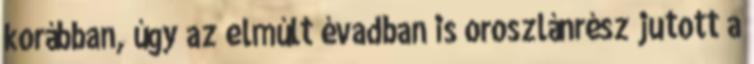
korábban, úgy az elmúlt évadban is oroszlánrész jutott a